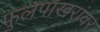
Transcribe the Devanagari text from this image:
फुलपाखरांवर